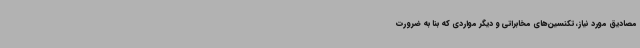
مصادیق مورد نیاز، تکنسین‌های مخابراتی و دیگر مواردی که بنا به ضرورت